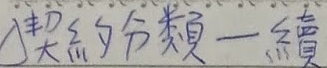
\(V = \frac{1}{3}Sh\)（圆锥体积公式，\(S\)是底面积，\(h\)是高）